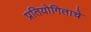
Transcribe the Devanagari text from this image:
प्रतियोगिताचे